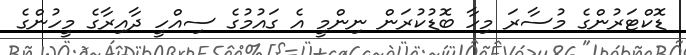
ޑޮކްޓަރުންގެ މުސާރަ މިހާ ބޮޑުކުރަން ނިންމީ އެ ގައުމުގެ ސިއްހީ ދާއިރާގެ މީހުންގެ